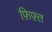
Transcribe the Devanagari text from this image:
फ़िफ़्त